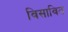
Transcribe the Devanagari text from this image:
विसावित